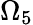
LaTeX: \Omega_{5}